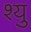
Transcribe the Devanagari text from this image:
श्यु